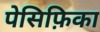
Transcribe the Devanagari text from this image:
पेसिफ़िका